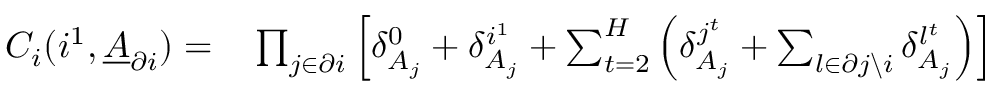
\begin{array} { r l } { C _ { i } ( i ^ { 1 } , \underline { { A } } _ { \partial i } ) = } & { { } \prod _ { j \in \partial i } \left[ \delta _ { A _ { j } } ^ { 0 } + \delta _ { A _ { j } } ^ { i ^ { 1 } } + \sum _ { t = 2 } ^ { H } \left( \delta _ { A _ { j } } ^ { j ^ { t } } + \sum _ { l \in \partial j \backslash i } \delta _ { A _ { j } } ^ { l ^ { t } } \right) \right] } \end{array}